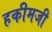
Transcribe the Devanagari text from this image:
हकीमजी